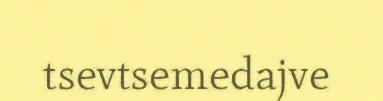
tsevtsemedajve